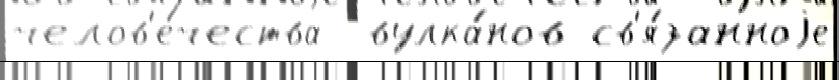
челов'е́чества  вулка́нов св'я́занноjе